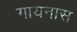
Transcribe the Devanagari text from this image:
गायनास